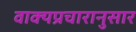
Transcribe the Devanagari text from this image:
वाक्यप्रचारानुसार